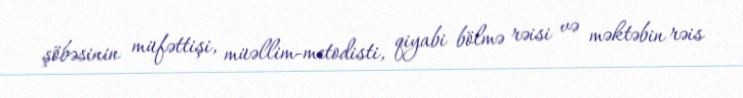
şöbəsinin müfəttişi, müəllim-metodisti, qiyabi bölmə rəisi və məktəbin rəis